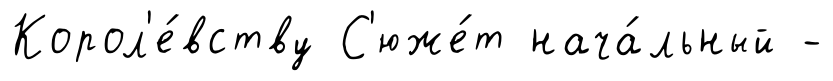
Корол'е́вству С'юже́т нача́льный -